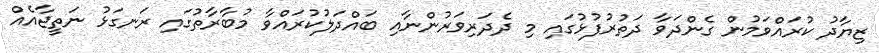
ޒިޔާދު ކުރައްވަމުން ގެންދަވާ ދަތުރުފުޅުގައި މި ދެދަރިވަރުންނާއި ބައްދަލުކުރައްވާ މުބާރާތުގައި ރަނގަޅު ނަތީޖާއެއް